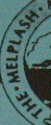
THE.MELPLASH